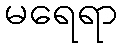
မရေရာ